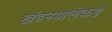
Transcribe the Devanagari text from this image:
खंडनमालेकडे